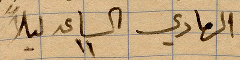
في الحادي الساعة ١١ ليلًا